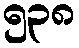
၅၃၈